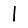
Digit: 1